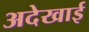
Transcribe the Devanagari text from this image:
अदेखाई